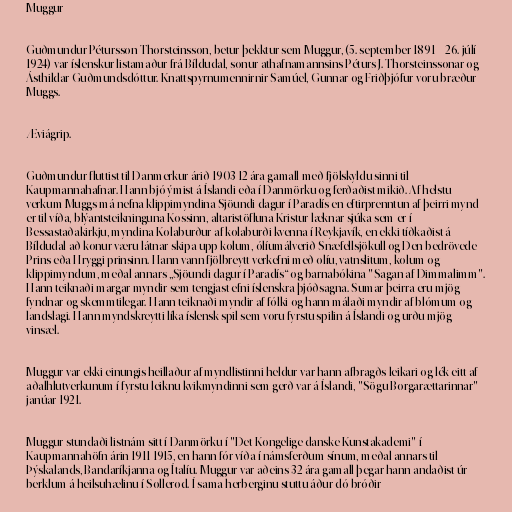
Muggur

Guðmundur Pétursson Thorsteinsson, betur þekktur sem Muggur, (5. september 1891 – 26. júlí
1924) var íslenskur listamaður frá Bíldudal, sonur athafnamannsins Péturs J. Thorsteinssonar og
Ásthildar Guðmundsdóttur. Knattspyrnumennirnir Samúel, Gunnar og Friðþjófur voru bræður
Muggs.

Æviágrip.

Guðmundur fluttist til Danmerkur árið 1903 12 ára gamall með fjölskyldu sinni til
Kaupmannahafnar. Hann bjó ýmist á Íslandi eða í Danmörku og ferðaðist mikið. Af helstu
verkum Muggs má nefna klippimyndina Sjöundi dagur í Paradís en eftirprenntun af þeirri mynd
er til víða, blýantsteikninguna Kossinn, altaristöfluna Kristur læknar sjúka sem er í
Bessastaðakirkju, myndina Kolaburður af kolaburði kvenna í Reykjavík, en ekki tíðkaðist á
Bíldudal að konur væru látnar skipa upp kolum, ólíumálverið Snæfellsjökull og Den bedrövede
Prins eða Hryggi prinsinn. Hann vann fjölbreytt verkefni með olíu, vatnslitum, kolum og
klippimyndum, meðal annars „Sjöundi dagur í Paradís“ og barnabókina "Sagan af Dimmalimm".
Hann teiknaði margar myndir sem tengjast efni íslenskra þjóðsagna. Sumar þeirra eru mjög
fyndnar og skemmtilegar. Hann teiknaði myndir af fólki og hann málaði myndir af blómum og
landslagi. Hann myndskreytti líka íslensk spil sem voru fyrstu spilin á Íslandi og urðu mjög
vinsæl.

Muggur var ekki einungis heillaður af myndlistinni heldur var hann afbragðs leikari og lék eitt af
aðalhlutverkunum í fyrstu leiknu kvikmyndinni sem gerð var á Íslandi, "Sögu Borgarættarinnar"
janúar 1921.

Muggur stundaði listnám sitt í Danmörku í "Det Kongelige danske Kunstakademi" í
Kaupmannahöfn árin 1911-1915, en hann fór víða í námsferðum sínum, meðal annars til
Þýskalands, Bandaríkjanna og Ítalíu. Muggur var aðeins 32 ára gamall þegar hann andaðist úr
berklum á heilsuhælinu í Søllerød. Í sama herberginu stuttu áður dó bróðir